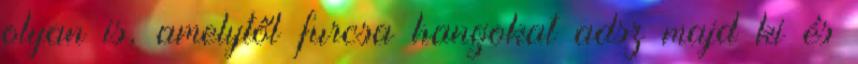
olyan is, amelytől furcsa hangokat adsz majd ki és